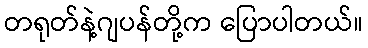
တရုတ်နဲ့ဂျပန်တို့က ပြောပါတယ်။